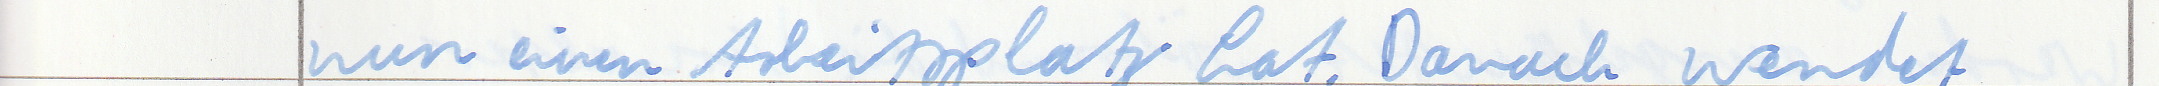
nun einen Arbeitsplatz hat. Dadurch wendet